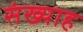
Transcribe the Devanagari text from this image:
संख्याह